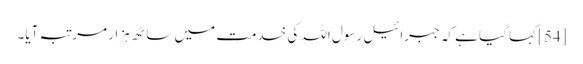
[54] کہا گیا ہے کہ جبرائیل رسول اللہ کی خدمت میں ساٹھ ہزار مرتبہ آیا۔